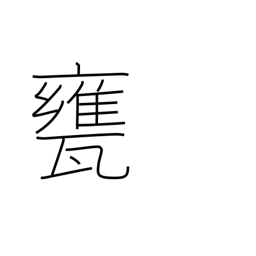
Meaning: vat